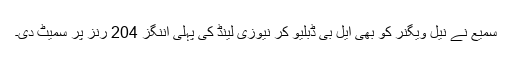
سمیع نے نیل ویگنر کو بھی ایل بی ڈبلیو کر نیوزی لینڈ کی پہلی اننگز 204 رنز پر سمیٹ دی۔